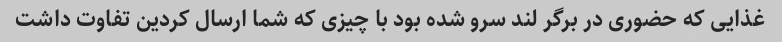
غذایی که حضوری در برگر لند سرو شده بود با چیزی که شما ارسال کردین تفاوت داشت